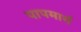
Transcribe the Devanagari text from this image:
पापमार्ग